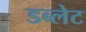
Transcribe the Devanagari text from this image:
डब्लेट